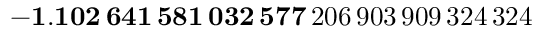
\mathbf { - 1 . 1 0 2 \, 6 4 1 \, 5 8 1 \, 0 3 2 \, 5 7 7 } \, 2 0 6 \, 9 0 3 \, 9 0 9 \, 3 2 4 \, 3 2 4